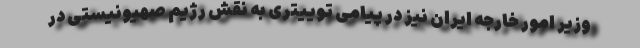
وزیر امور خارجه ایران نیز در پیامی توییتری به نقش رژیم صهیونیستی در